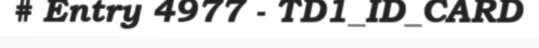
# Entry 4977 - TD1_ID_CARD